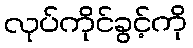
လုပ်ကိုင်ခွင့်ကို